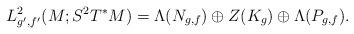
LaTeX: \begin{align*}L^2_{g',f'}(M;S^2 T^*M) =\Lambda(N_{g,f})\oplus Z(K_g)\oplus \Lambda(P_{g,f}).\end{align*}